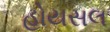
હોયસલ